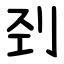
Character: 刭